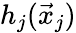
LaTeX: h_{j}(\vec{x}_{j})